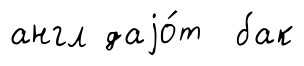
англ даjо́т бак